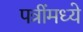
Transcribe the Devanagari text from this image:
पत्रींमध्ये